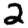
Digit: 2